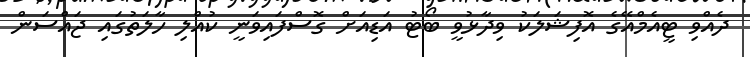
ދެއްވި ޓީއެމްއޭގެ އޮފިޝަލަކު ވިދާޅުވީ ބޯޓު އަޑިއަށް ގޮސްފައިވަނީ ކުއްލި ހާލަތުގައި ޖައްސަން